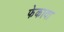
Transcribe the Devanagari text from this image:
फेकावा